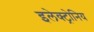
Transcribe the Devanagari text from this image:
इलेक्ट्रोनिय